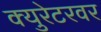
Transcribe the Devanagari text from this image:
क्युरेटरवर